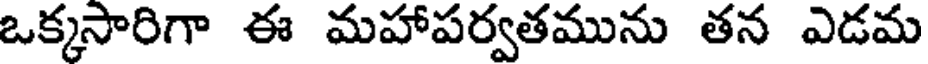
ఒక్కసారిగా ఈ మహాపర్వతమును తన ఎడమ